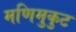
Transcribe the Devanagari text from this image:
मणिमुकुट